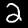
Label: 2